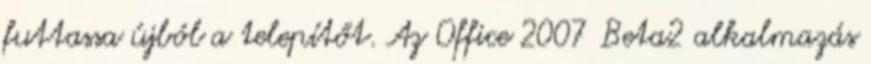
futtassa újból a telepítőt. Az Office 2007 Beta2 alkalmazás